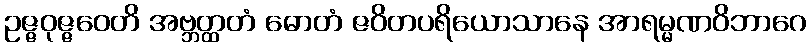
ဥဇ္ဇဝုဇ္ဇဝေတိ အဗ္ဘတ္ထတံ ဓောတံ ဇဝိတပရိယောသာနေ အာရမ္မဏဝိဘာဂေ